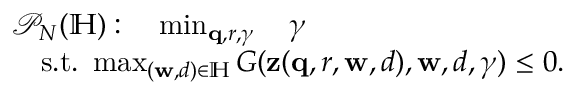
\begin{array} { r l } & { \mathcal { P } _ { N } ( \mathbb { H } ) : \quad \operatorname* { m i n } _ { \mathbf { q } , r , \gamma } \quad \gamma } \\ & { \quad \mathrm { s . t . ~ } \operatorname* { m a x } _ { ( \mathbf { w } , d ) \in \mathbb { H } } G ( \mathbf { z } ( \mathbf { q } , r , \mathbf { w } , d ) , \mathbf { w } , d , \gamma ) \leq 0 . } \end{array}